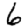
Digit: 6